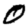
Digit: 0